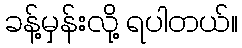
ခန့်မှန်းလို့ ရပါတယ်။